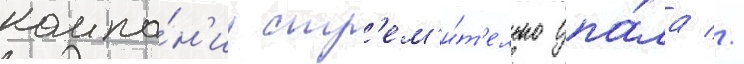
компа́н'ии стр'ем'и́т'ельно упа́ла //